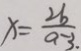
x = \frac { 2 b } { a - 3 . }